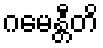
ဂမေန္တီတိ